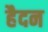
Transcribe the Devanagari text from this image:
हैदन